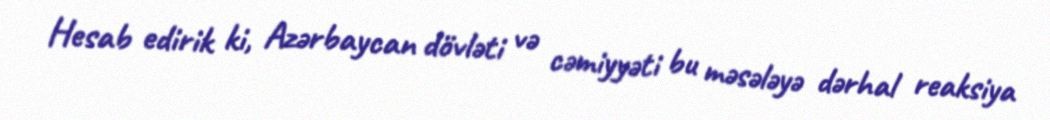
Hesab edirik ki, Azərbaycan dövləti və cəmiyyəti bu məsələyə dərhal reaksiya